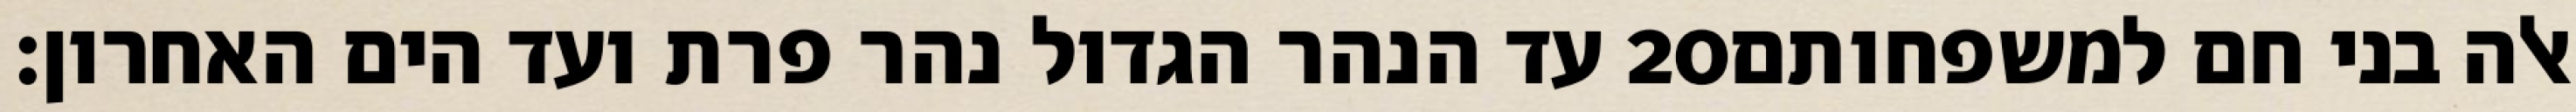
עד הנהר הגדול נהר פרת ועד הים האחרון׃ ‎20‏ אלה בני חם למשפחותם